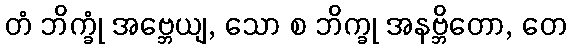
တံ ဘိက္ခုံ အဗ္ဘေယျ, သော စ ဘိက္ခု အနဗ္ဘိတော, တေ